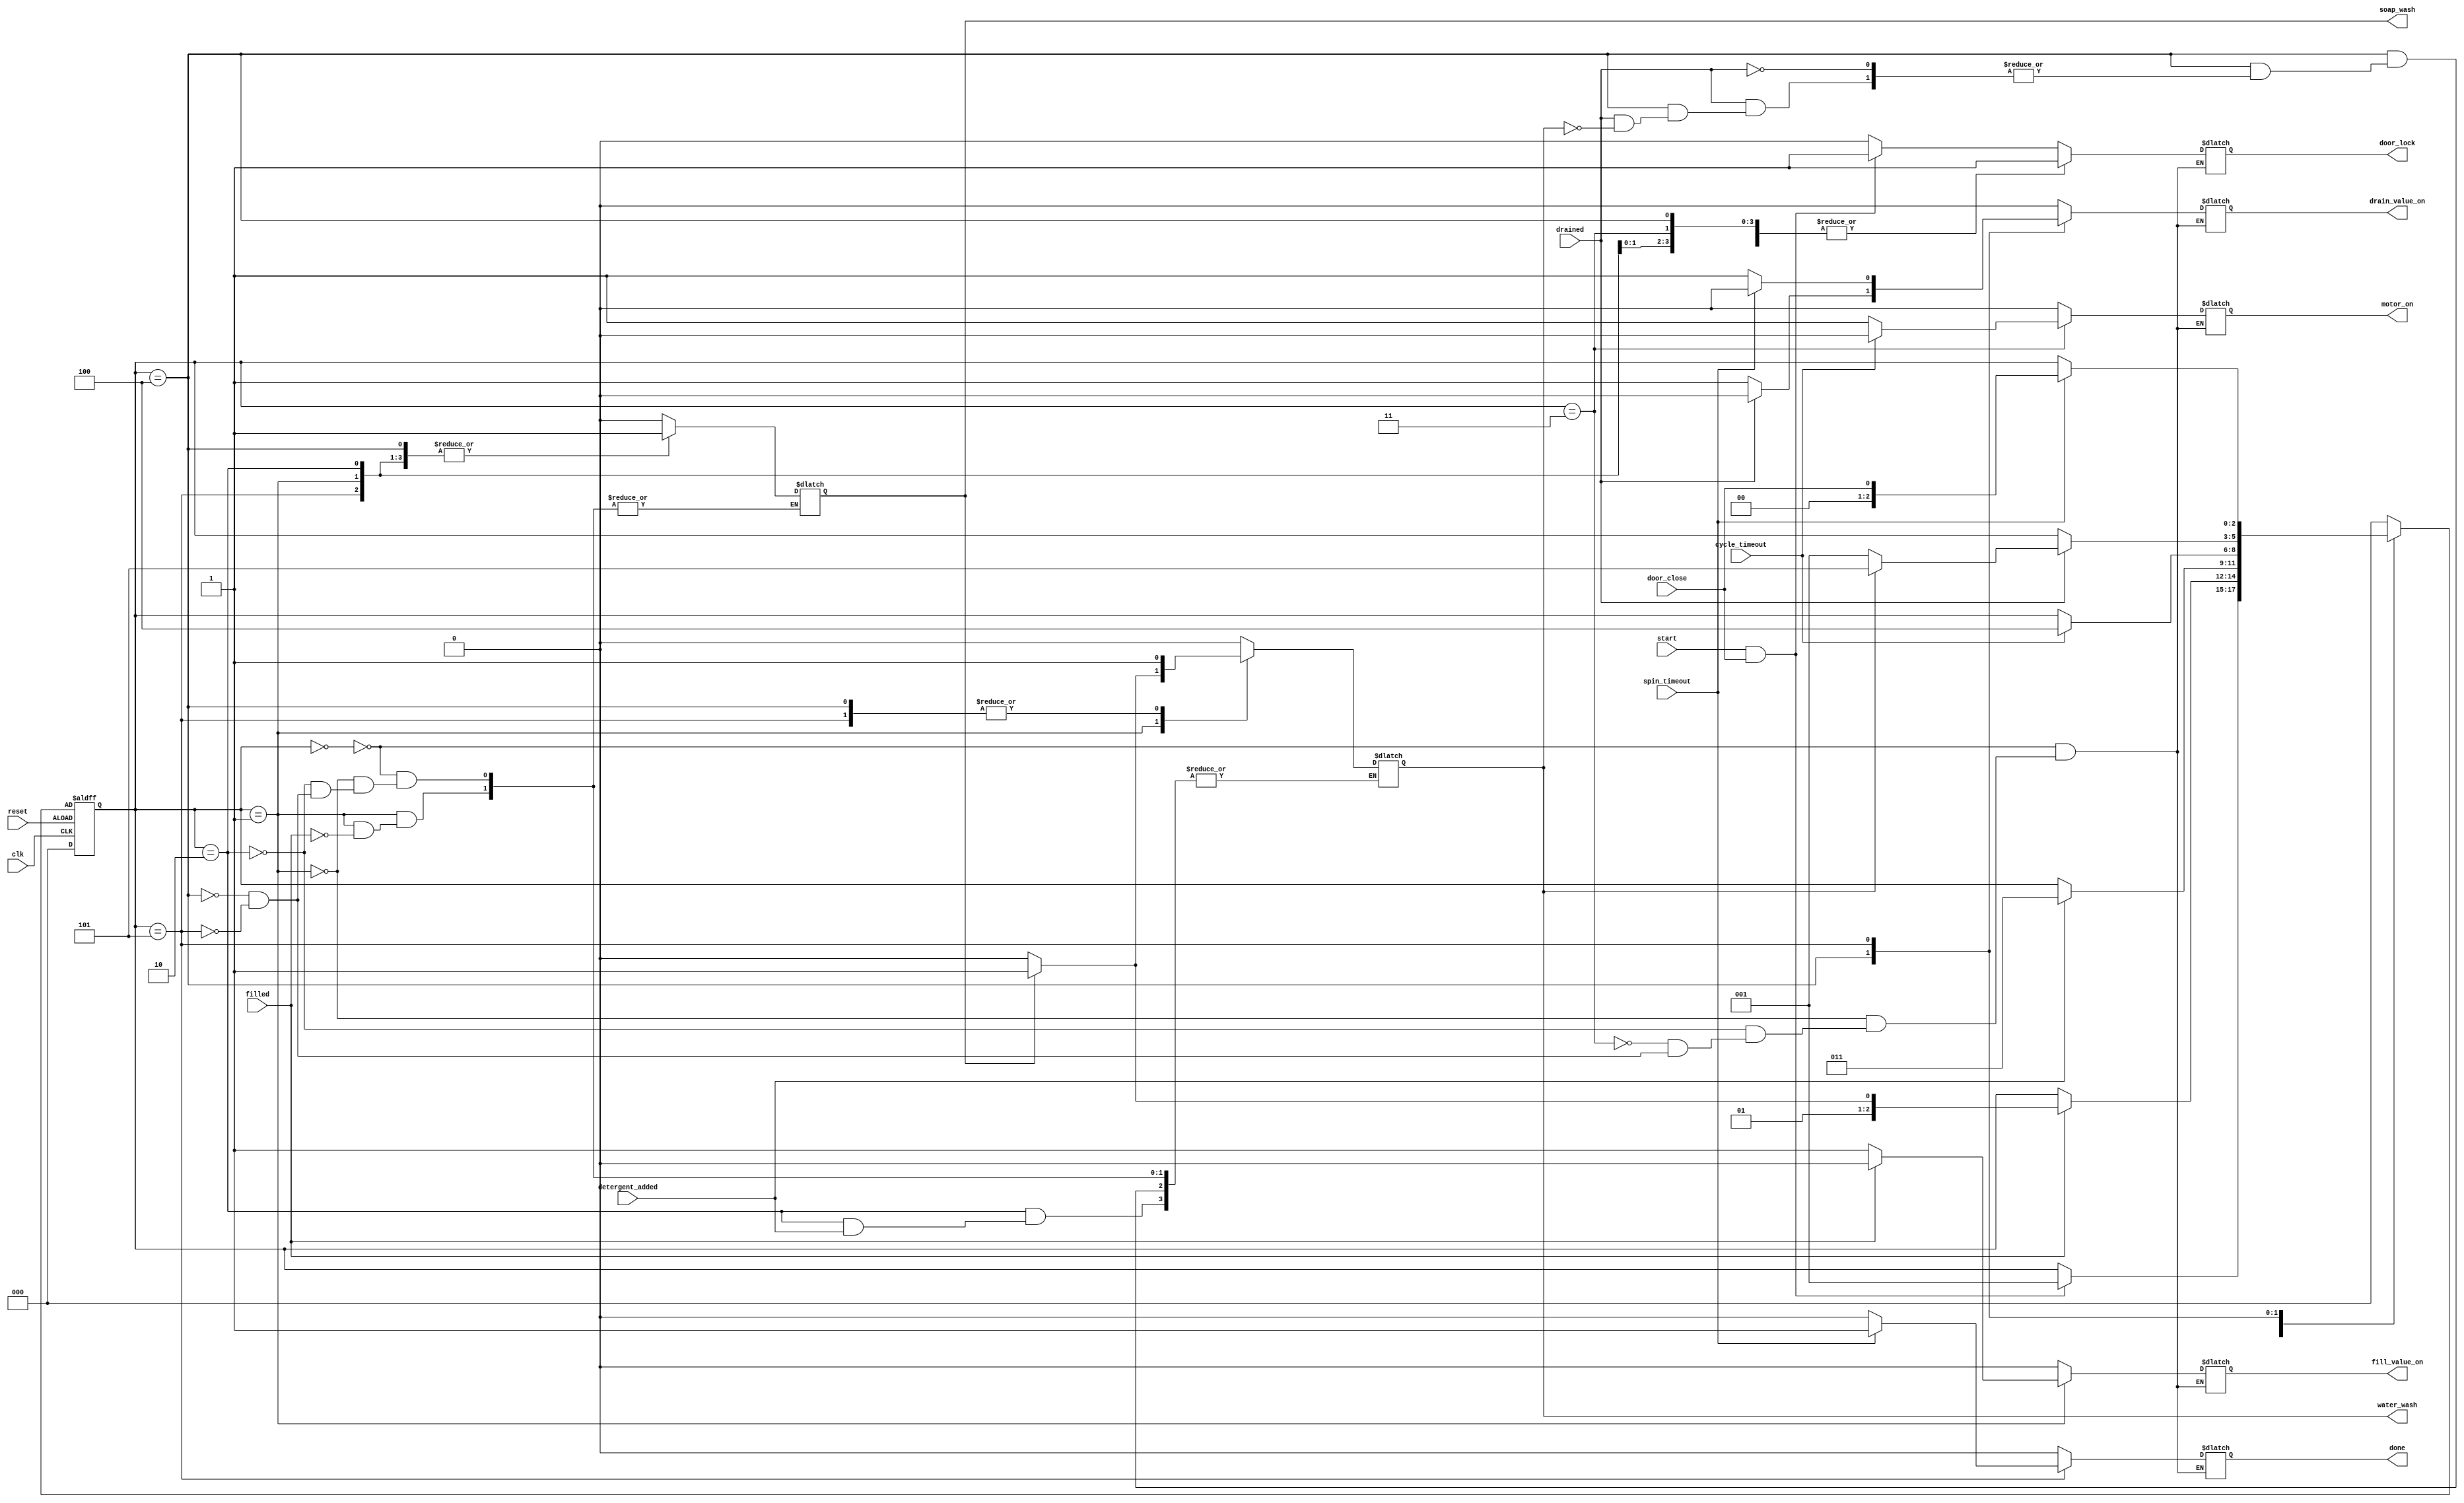
`timescale 10ns / 1ps

/////////////////////////////////
/////////////////////////////////
/////////////////////////////////
module automatic_washing_machine(clk, reset, door_close, start, filled, detergent_added, cycle_timeout, drained, spin_timeout, door_lock, motor_on, fill_value_on, drain_value_on, done, soap_wash, water_wash);

	input clk, reset, door_close, start, filled, detergent_added, cycle_timeout, drained, spin_timeout;
	output reg door_lock, motor_on, fill_value_on, drain_value_on, done, soap_wash, water_wash; 
	
	//defining the states
	parameter check_door = 3'b000;
	parameter fill_water = 3'b001;
	parameter add_detergent = 3'b010;
	parameter cycle = 3'b011;
	parameter drain_water = 3'b100;
	parameter spin = 3'b101;
	
	reg[2:0] current_state, next_state;
	
	always@(current_state or start or door_close or filled or detergent_added or drained or cycle_timeout or spin_timeout)
	begin
	case(current_state)
		check_door:
			if(start==1 && door_close==1)
			begin
				next_state = fill_water;
				motor_on = 0;
				fill_value_on = 0;
				drain_value_on = 0;
				door_lock = 1;
				soap_wash = 0;
				water_wash = 0;
				done = 0;
			end
			else
			begin
				next_state = current_state;
				motor_on = 0;
				fill_value_on = 0;
				drain_value_on = 0;
				door_lock = 0;
				soap_wash = 0;
				water_wash = 0;
				done = 0;
			end
			
			fill_water:
			if (filled==1)
			begin
				if(soap_wash == 0)
				begin
					next_state = add_detergent;
					motor_on = 0;
					fill_value_on = 0;
					drain_value_on = 0;
					door_lock = 1;
					soap_wash = 1;
					water_wash = 0;
					done = 0;
				end
				else
				begin
					next_state = cycle;
					motor_on = 0;
					fill_value_on = 0;
					drain_value_on = 0;
					door_lock = 1;
					soap_wash = 1;
					water_wash = 1;
					done = 0;
				end
			end
			else
			begin
				next_state = current_state;
				motor_on = 0;
				fill_value_on = 1;
				drain_value_on = 0;
				door_lock = 1;
				done = 0;
			end
			add_detergent:
			if(detergent_added==1)
			begin
				next_state = cycle;
				motor_on = 0;
				fill_value_on = 0;
				drain_value_on = 0;
				door_lock = 1;
				soap_wash = 1;
				done = 0;
			end
			else
			begin
				next_state = current_state;
				motor_on = 0;
				fill_value_on = 0;
				drain_value_on = 0;
				door_lock = 1;
				soap_wash = 1;
				water_wash = 0;
				done = 0;
			end
			cycle:
			if(cycle_timeout == 1)
			begin
				next_state = drain_water;
				motor_on = 0;
				fill_value_on = 0;
				drain_value_on = 0;
				door_lock = 1;
				//soap_wash = 1;
				done = 0;
			end
			else
			begin
				next_state = current_state;
				motor_on = 1;
				fill_value_on = 0;
				drain_value_on = 0;
				door_lock = 1;
				//soap_wash = 1;
				done = 0;
			end
			drain_water:
			 if(drained==1)
			 begin
				if(water_wash==0)
				begin
					next_state = fill_water;
					motor_on = 0;
					fill_value_on = 0;
					drain_value_on = 0;
					door_lock = 1;
					soap_wash = 1;
					//water_wash = 1;
					done = 0;
				end
				else
				begin
				next_state = spin;
					motor_on = 0;
					fill_value_on = 0;
					drain_value_on = 0;
					door_lock = 1;
					soap_wash = 1;
					water_wash = 1;
					done = 0;
				end
			end
			else
			begin
				next_state = current_state;
				motor_on = 0;
				fill_value_on = 0;
				drain_value_on = 1;
				door_lock = 1;
				soap_wash = 1;
				//water_wash = 1;
				done = 0;
			end
			spin:
			if(spin_timeout==1)
			begin
				next_state = door_close;
				motor_on = 0;
				fill_value_on = 0;
				drain_value_on = 0;
				door_lock = 1;
				soap_wash = 1;
				water_wash = 1;
				done = 1;
			end
			else
			begin
				next_state = current_state;
				motor_on = 0;
				fill_value_on = 0;
				drain_value_on = 1;
				door_lock = 1;
				soap_wash = 1;
				water_wash = 1;
				done = 0;
			end
			default:
				next_state = check_door;
				
			endcase
	end
	
	always@(posedge clk or negedge reset)
	begin
		if(reset)
		begin
			current_state<=3'b000;
		end
		else
		begin
			current_state<=next_state;
		end
	end
	
endmodule

module new_test();
	reg clk, reset, door_close, start, filled, detergent_added, cycle_timeout, drained, spin_timeout;
	wire door_lock, motor_on, fill_value_on, drain_value_on, done, soap_wash, water_wash; 
	
	
automatic_washing_machine machine1(clk, reset, door_close, start, filled, detergent_added, cycle_timeout, drained, spin_timeout, door_lock, motor_on, fill_value_on, drain_value_on, done, soap_wash, water_wash);


	
	
	initial
		
	begin
	clk = 0;
		reset = 1;
		start = 0;
		door_close = 0;
		filled = 0;
		drained = 0;
		detergent_added = 0;
		cycle_timeout = 0;
		spin_timeout = 0;
		
		#5 reset=0;
		#5 start=1;door_close=1;
		#10 filled=1;
		#10 detergent_added=1;
		//filled=0;
		#10 cycle_timeout=1;
		//detergent_added=0;
		#10 drained=1;
		//cycle_timeout=0;
		#10 spin_timeout=1;
		//drained=0;
		
		/*
		
		#0 reset = 0;
		#2 start = 1;
		#4 door_close = 1;
		#3 filled = 1;
		#3 detergent_added = 1;
		#2 cycle_timeout = 1;
		#2 drained = 1; 
		#3 spin_timeout = 1;
		*/
	end
	
	always
	begin
		#5 clk = ~clk;
	end
	
	initial
	begin
		$monitor("Time=%d, Clock=%b, Reset=%b, start=%b, door_close=%b, filled=%b, detergent_added=%b, cycle_timeout=%b, drained=%b, spin_timeout=%b, door_lock=%b, motor_on=%b, fill_valve_on=%b, drain_valve_on=%b, soap_wash=%b, water_wash=%b, done=%b",$time, clk, reset, start, door_close, filled, detergent_added, cycle_timeout, drained, spin_timeout, door_lock, motor_on, fill_value_on, drain_value_on, soap_wash, water_wash, done);
	end
endmodule